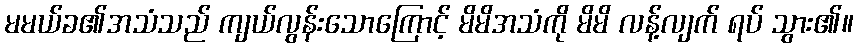
မမယ်ခ၏အသံသည် ကျယ်လွန်းသောကြောင့် မိမိအသံကို မိမိ လန့်လျက် ရပ် သွား၏။